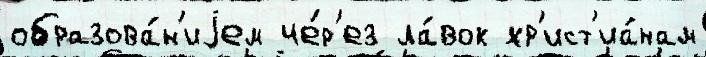
образова́н'иjем че́р'ез ла́вок хр'ист'иа́нам